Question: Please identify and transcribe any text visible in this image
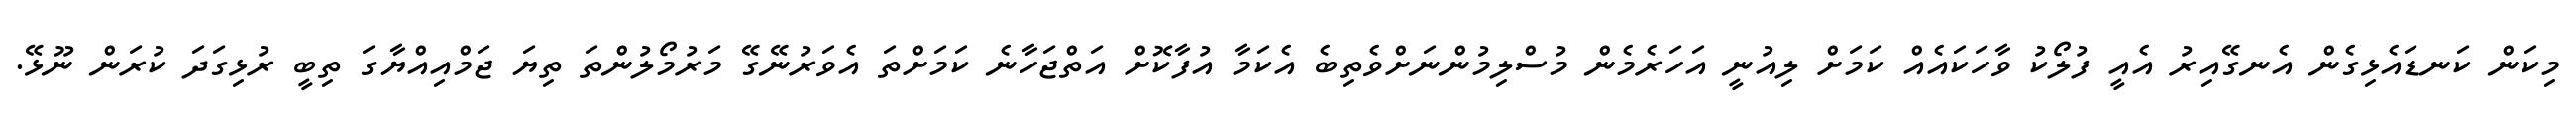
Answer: މިކަން ކަނޑައެޅިގެން އެނގޭއިރު އެއީ ފުލޯކު ވާހަކައެއް ކަމަށް ލިއުނީ އަހަރެމެން މުސްލިމުންނަށްވެތިބެ އެކަމާ އުފާކޮށް އަތްޖަހާނެ ކަމަށްތަ އެވަރުނޭގޭ މަރުމޯލުންތަ ތިޔަ ޖަމްއިއްޔާގަ ތިބީ ރުޅިގަދަ ކުރަން ނޫޅޭ.